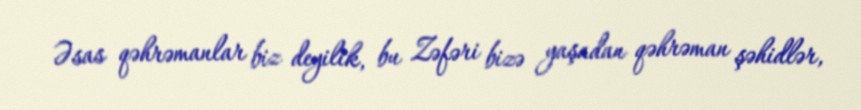
Əsas qəhrəmanlar biz deyilik, bu Zəfəri bizə yaşadan qəhrəman şəhidlər,